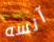
آنسه